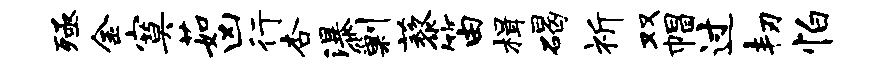
殛金寞茹凶行杏瀑剿藜笛楫碣祈双帽过韧怕